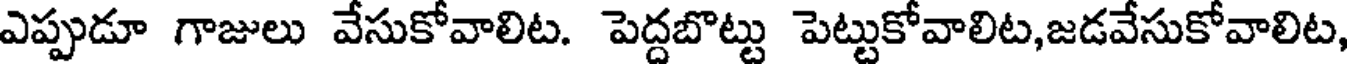
ఎప్పుడూ గాజులు వేసుకోవాలిట. పెద్దబొట్టు పెట్టుకోవాలిట,జడవేసుకోవాలిట,